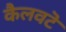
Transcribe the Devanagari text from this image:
कैलवटॆ